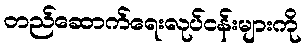
တည်ဆောက်ရေးလုပ်ငန်းများကို